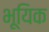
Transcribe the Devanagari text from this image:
भूयिक